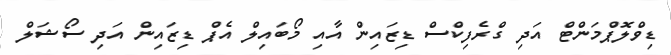
ޑިވްލޮޕްމަންޓް އަދި ގްރެފިކްސް ޑިޒައިން އާއި މޯބައިލް އެޕް ޑިޒައިން އަދި ސޯޝަލް